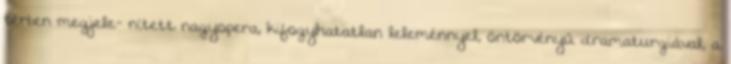
térben megjele- nített nagyopera, kifogyhatatlan leleménnyel, öntörvényű dramaturgiával, a